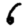
Digit: 6